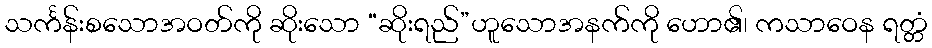
သင်္ကန်းစသောအဝတ်ကို ဆိုးသော “ဆိုးရည်”ဟူသောအနက်ကို ဟော၏၊ ကသာဝေန ရတ္တံ